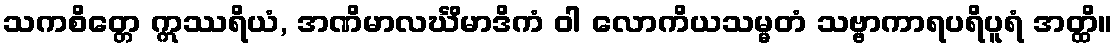
သကစိတ္တေ ဣဿရိယံ, အဏိမာလင်္ဃိမာဒိကံ ဝါ လောကိယသမ္မတံ သဗ္ဗာကာရပရိပူရံ အတ္ထိ။